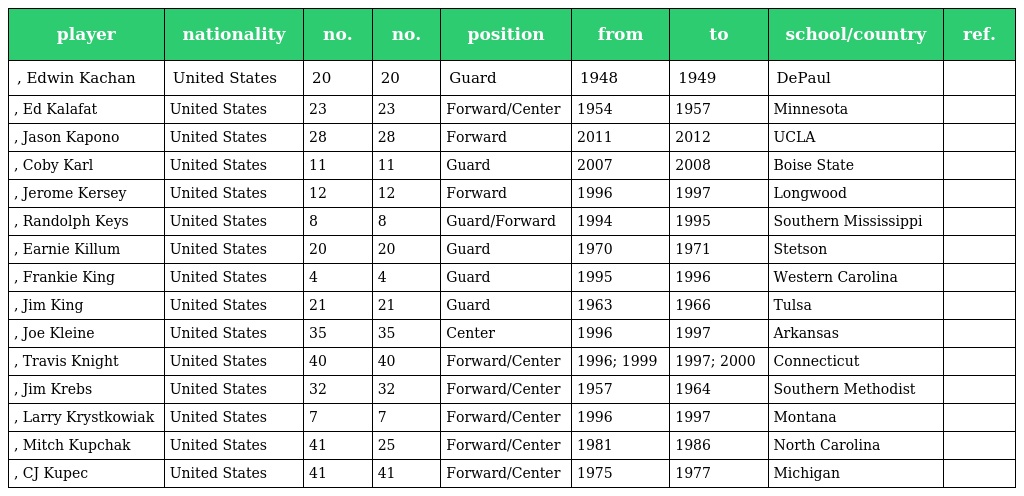
| player | nationality | no. | no. | position | from | to | school/country | ref. |
 | --- | --- | --- | --- | --- | --- | --- | --- | --- |
 | , Edwin Kachan | United States | 20 | 20 | Guard | 1948 | 1949 | DePaul |  |
 | , Ed Kalafat | United States | 23 | 23 | Forward/Center | 1954 | 1957 | Minnesota |  |
 | , Jason Kapono | United States | 28 | 28 | Forward | 2011 | 2012 | UCLA |  |
 | , Coby Karl | United States | 11 | 11 | Guard | 2007 | 2008 | Boise State |  |
 | , Jerome Kersey | United States | 12 | 12 | Forward | 1996 | 1997 | Longwood |  |
 | , Randolph Keys | United States | 8 | 8 | Guard/Forward | 1994 | 1995 | Southern Mississippi |  |
 | , Earnie Killum | United States | 20 | 20 | Guard | 1970 | 1971 | Stetson |  |
 | , Frankie King | United States | 4 | 4 | Guard | 1995 | 1996 | Western Carolina |  |
 | , Jim King | United States | 21 | 21 | Guard | 1963 | 1966 | Tulsa |  |
 | , Joe Kleine | United States | 35 | 35 | Center | 1996 | 1997 | Arkansas |  |
 | , Travis Knight | United States | 40 | 40 | Forward/Center | 1996; 1999 | 1997; 2000 | Connecticut |  |
 | , Jim Krebs | United States | 32 | 32 | Forward/Center | 1957 | 1964 | Southern Methodist |  |
 | , Larry Krystkowiak | United States | 7 | 7 | Forward/Center | 1996 | 1997 | Montana |  |
 | , Mitch Kupchak | United States | 41 | 25 | Forward/Center | 1981 | 1986 | North Carolina |  |
 | , CJ Kupec | United States | 41 | 41 | Forward/Center | 1975 | 1977 | Michigan |  |